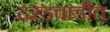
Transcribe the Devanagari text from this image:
दरडवाडीत